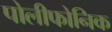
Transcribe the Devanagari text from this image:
पोलीफोनिक